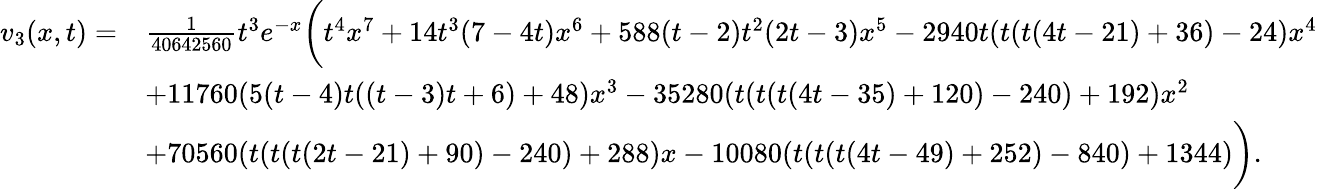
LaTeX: \begin{array}{rl}{v_{3}(x,t)=}&{\frac{1}{40642560}t^{3}e^{-x}\bigg(t^{4}x^{7}+14t^{3}(7-4t)x^{6}+588(t-2)t^{2}(2t-3)x^{5}-2940t(t(t(4t-21)+36)-24)x^{4}}\\ &{+11760(5(t-4)t((t-3)t+6)+48)x^{3}-35280(t(t(t(4t-35)+120)-240)+192)x^{2}}\\ &{+70560(t(t(t(2t-21)+90)-240)+288)x-10080(t(t(t(4t-49)+252)-840)+1344)\bigg).}\end{array}